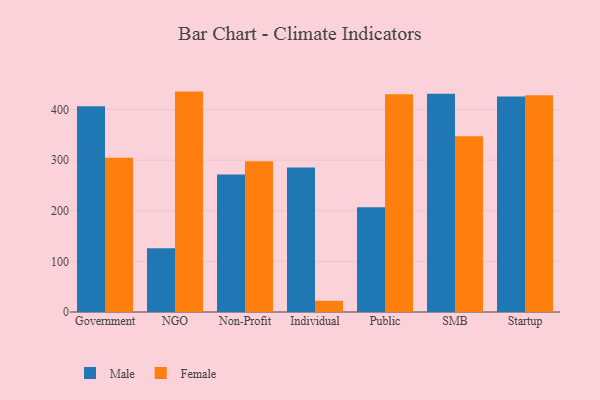
{"axis": {"x": "Segment", "y": "Page Views"}, "legend": ["Female", "Male"], "data": [{"x": "Government", "y": 406.3, "type": "Male"}, {"x": "Government", "y": 304.7, "type": "Female"}, {"x": "NGO", "y": 125.9, "type": "Male"}, {"x": "NGO", "y": 435.3, "type": "Female"}, {"x": "Non-Profit", "y": 271.8, "type": "Male"}, {"x": "Non-Profit", "y": 297.8, "type": "Female"}, {"x": "Individual", "y": 285.6, "type": "Male"}, {"x": "Individual", "y": 22.1, "type": "Female"}, {"x": "Public", "y": 207.1, "type": "Male"}, {"x": "Public", "y": 429.9, "type": "Female"}, {"x": "SMB", "y": 430.9, "type": "Male"}, {"x": "SMB", "y": 347.2, "type": "Female"}, {"x": "Startup", "y": 425.4, "type": "Male"}, {"x": "Startup", "y": 428.2, "type": "Female"}]}